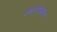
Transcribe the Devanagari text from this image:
रक्तनलिकीय